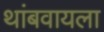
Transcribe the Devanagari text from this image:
थांबवायला